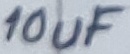
Text: 10uF